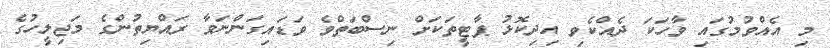
މި އެއްވުމުގައި ވާހަކަ ދެއްކެވި އިދިކޮޅު ޕާޓީތަކަށް ނިސްބަތްވެ ވަޑައިގަންނަވާ ރައްޔިތުންގެ މަޖިލީހުގެ